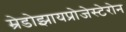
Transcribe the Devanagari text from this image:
म्रेडोझायप्रोजेस्टेरोन